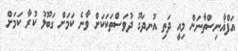
އަފްޣާނިސްތާނަށް މިއީ ދަތި އުނދަގޫ ދުވަސްތަކަކަށް ވާނެ ކަމަށް ގަބޫލު ކުރާ ކަމަށް